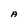
Character: A